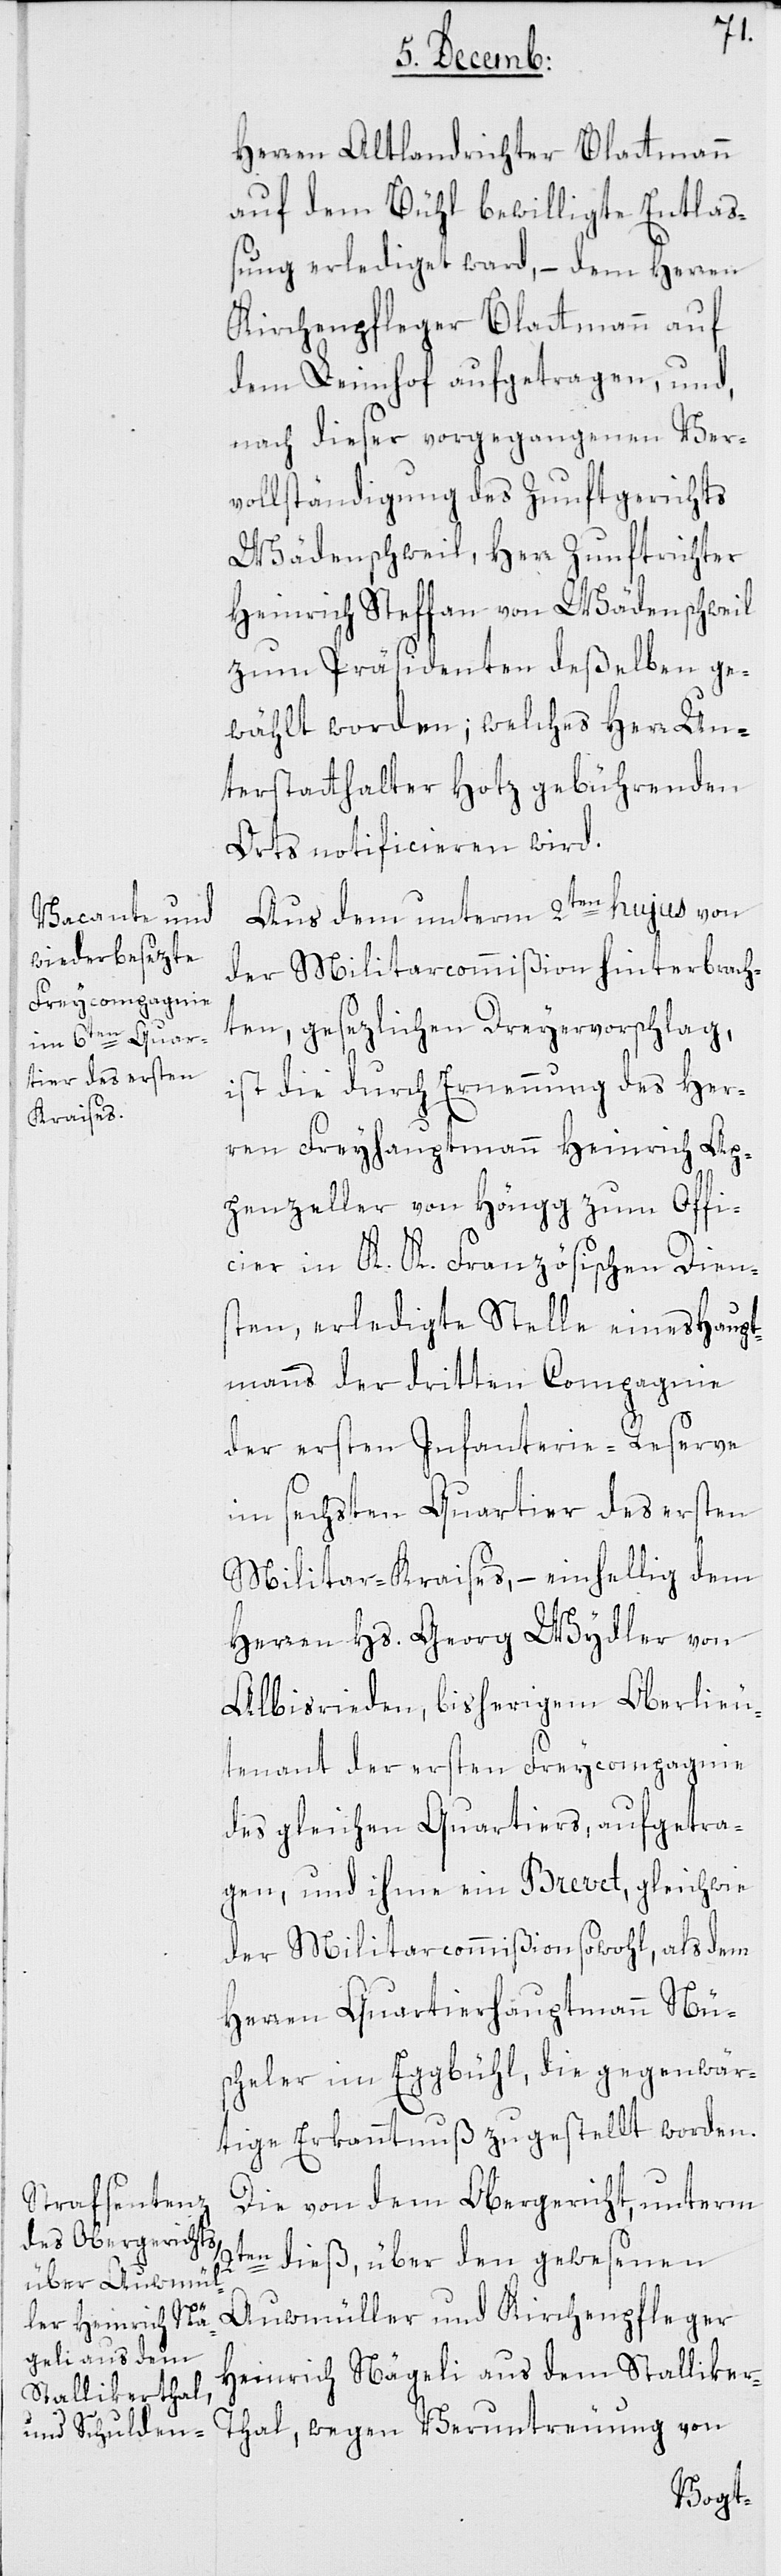
r-T¬
Herren Altlandrichter Blattmann
auf dem Bühl bewilligte Entlaß¬
ung erlediget ward, – dem Herren
Kirchenpfleger Blattmann auf
dem Leimhof aufgetragen, und,
nach dieser vorgegangenen Ver¬
vollständigung des Zunftgerichts
Wädenschweil, Herr Zunftrichter
Heinrich Steffan von Wädenschweil
zum Präsidenten deßelben ge¬
wählt worden; welches Herr Un¬
terstatthalter Hotz gebührenden
Orts notificieren wird.
Aus dem unterm 2ten hujus von
der Militarcommißion hinterbrach¬
ten, gesezlichen Dreyervorschlag,
ist die durch Ernennung des Her¬
ren Freyhauptmann Heinrich Ap¬
penzeller von Höngg zum Offi¬
cier in K. K. Französischen Dien¬
sten, erledigte Stelle eines Haupt¬
manns der dritten Compagnie
der ersten Infanterie-Reserve
im sechsten Quartier des ersten
Militar-Kraises, – einhellig dem
Herren Hs. Georg Wydler von
Albisrieden, bisherigem Oberlieu¬
tenant der ersten Freycompagnie
des gleichen Quartiers, aufgetra¬
gen, und ihme ein Brevet, gleich wie
der Militarcommißion sowohl, als dem
Herren Quartierhauptmann Nüs¬
cheler im Eggbühl, die gegenwär¬
tige Erkanntnuß zugestellt worden.
Die von dem Obergericht unterm
2ten dieß, über den gewesenen
Auwmüller und Kirchenpfleger
Heinrich Nägeli aus dem Stallike¬
hal, wegen Veruntreuung von